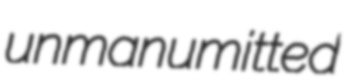
unmanumitted